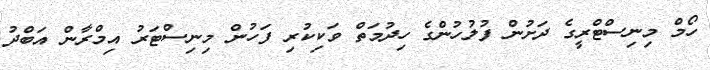
ހޯމް މިނިސްޓްރީގެ ދަށުން ފުލުހުންގެ ހިދުމަތް ވަކިކުރި ފަހުން މިނިސްޓަރު އިމްރާން އަބްދު